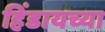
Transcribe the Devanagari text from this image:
हिंडायच्या